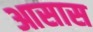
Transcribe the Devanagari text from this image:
आसास